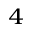
^ 4